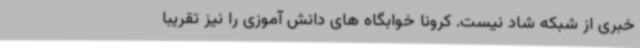
خبری از شبکه شاد نیست. کرونا خوابگاه های دانش آموزی را نیز تقریبا